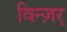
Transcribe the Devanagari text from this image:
विन्ज़र्